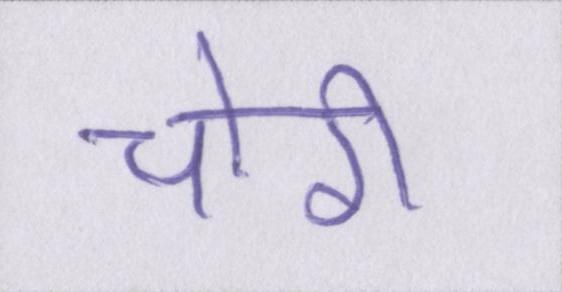
चोरी